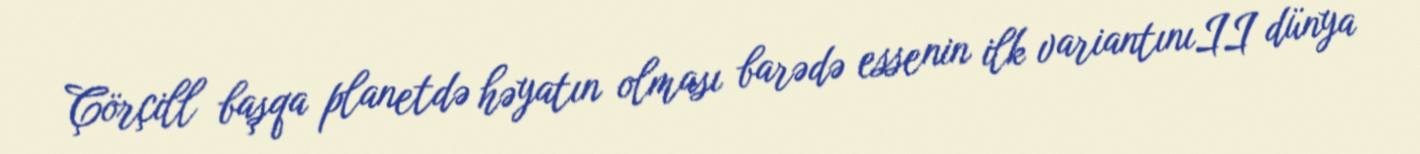
Çörçill başqa planetdə həyatın olması barədə essenin ilk variantınıII dünya